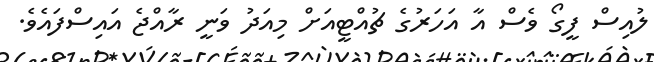
ލުއިސް ފީގޯ ވެސް އާ އަހަރުގެ ޗުއްޓީއަށް މިއަދު ވަނީ ރާއްޖެ އައިސްފައެވެ.